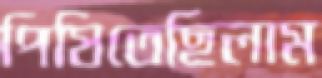
পিষিতেছিলাম